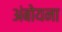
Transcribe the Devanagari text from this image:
अंबोयना